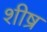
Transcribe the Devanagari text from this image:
शीष्र